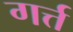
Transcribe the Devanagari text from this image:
गर्त्त